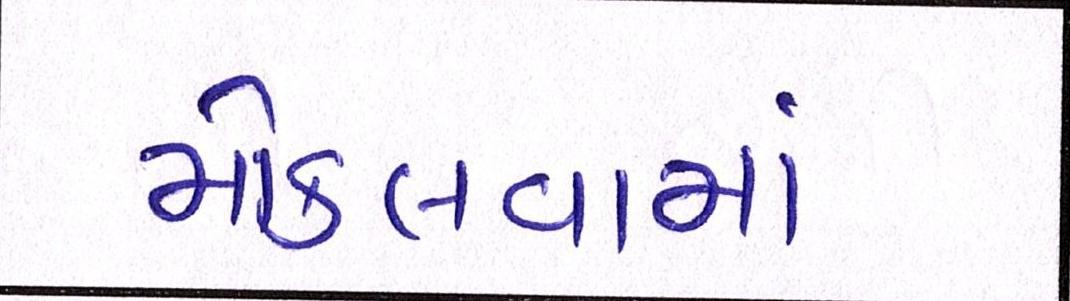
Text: મોકલવામાં